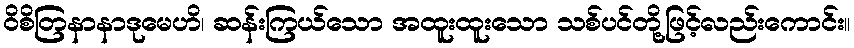
ဝိစိတြနာနာဒုမေဟိ၊ ဆန်းကြယ်သော အထူးထူးသော သစ်ပင်တို့ဖြင့်လည်းကောင်း။